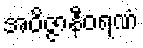
အဝိဇ္ဇာနီဝရဏံ